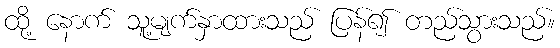
ထို့ နောက် သူ့မျက်နှာထားသည် ပြန်၍ တည်သွားသည်။